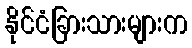
နိုင်ငံခြားသားများက